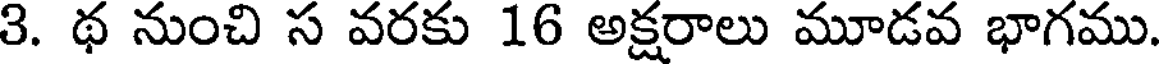
3. థ నుంచి స వరకు 16 అక్షరాలు మూడవ భాగము.